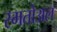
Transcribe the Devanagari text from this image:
स्मतोअल